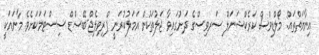
އިނާޔަތްތައް: މޯލްޑިވްސް ކަރެކްޝަނަލް ސަރވިސްގެ ދަށުގައިވާ ޖަލުތަކުން އަމަލުކުރަނީ ޕްރިވިލެޖް-ބޭސްޑް ސިސްޓަމަކަށެވެ. މާނައަކީ